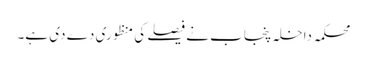
محکمہ داخلہ پنجاب نے فیصلے کی منظوری دے دی ہے۔